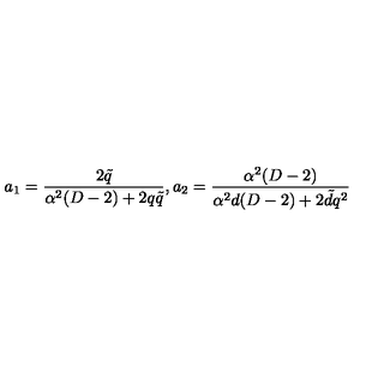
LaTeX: a _ { 1 } = \frac { 2 \tilde { q } } { \alpha ^ { 2 } ( D - 2 ) + 2 q \tilde { q } } , a _ { 2 } = \frac { \alpha ^ { 2 } ( D - 2 ) } { \alpha ^ { 2 } d ( D - 2 ) + 2 \tilde { d } q ^ { 2 } }